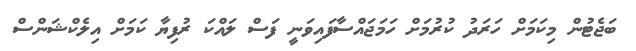
ބަޖެޓުން މިކަމަށް ހަރަދު ކުރުމަށް ހަމަޖައްސާފައިވަނީ ފަސް ލައްކަ ރުފިޔާ ކަމަށް އިލެކްޝަންސް